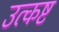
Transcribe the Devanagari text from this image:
उत्कष्ट